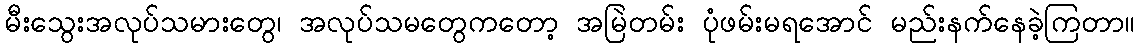
မီးသွေးအလုပ်သမားတွေ၊ အလုပ်သမတွေကတော့ အမြဲတမ်း ပုံဖမ်းမရအောင် မည်းနက်နေခဲ့ကြတာ။